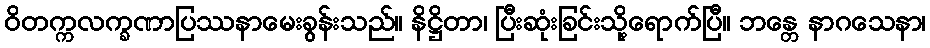
ဝိတက္ကလက္ခဏာပြဿနာမေးခွန်းသည်။ နိဋ္ဌိတာ၊ ပြီးဆုံးခြင်းသို့ရောက်ပြီ။ ဘန္တေ နာဂသေနာ၊